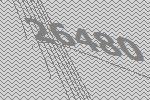
26480